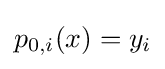
p_{0,i}(x)=y_{i}